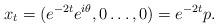
LaTeX: \begin{align*}x_t = (e^{-2t}e^{i\theta},0 \dots, 0)=e^{-2t}p.\end{align*}